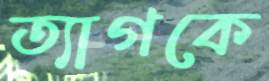
ত্যাগকে